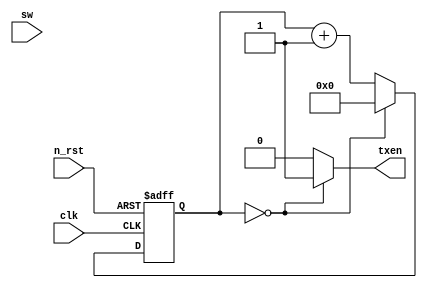
module gen_en(
  clk,
  n_rst,
  sw,
  txen
);

input clk;
input n_rst;
input sw;

output txen; 

localparam MAX9600 = 13'd5208;
localparam MAX19200 = 13'd2604;
wire MAX;

assign MAX = (sw === 1'b0) ? MAX9600 : MAX19200;

reg [12:0] cnt; 

always @(posedge clk or negedge n_rst)
  if(!n_rst) begin 
    cnt <= 13'h0000;
  end
  else begin
    cnt <= (cnt == MAX) ? 13'h0000 : cnt + 13'h0001;
  end

assign txen = (cnt == MAX) ? 1'b1 : 1'b0;

endmodule